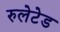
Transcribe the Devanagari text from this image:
रुलेटेड